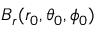
B _ { r } ( r _ { 0 } , \theta _ { 0 } , \phi _ { 0 } )